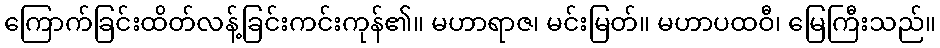
ကြောက်ခြင်းထိတ်လန့်ခြင်းကင်းကုန်၏။ မဟာရာဇ၊ မင်းမြတ်။ မဟာပထဝီ၊ မြေကြီးသည်။